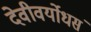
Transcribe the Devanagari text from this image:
देवीवर्योधसं